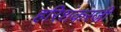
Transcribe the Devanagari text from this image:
हरिशंकरजी